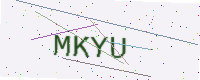
Text: MKYU